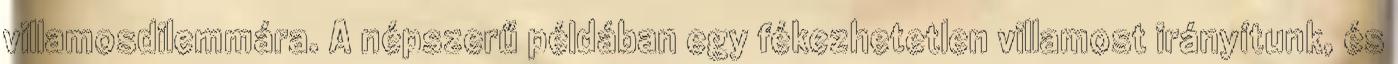
villamosdilemmára. A népszerű példában egy fékezhetetlen villamost irányítunk, és